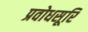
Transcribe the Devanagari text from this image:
प्रवोधसूरि